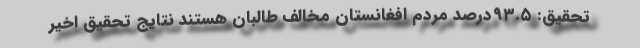
تحقیق: ۹۳.۵درصد مردم افغانستان مخالف طالبان هستند نتایج تحقیق اخیر